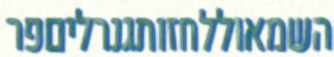
השמאוללחזותגנרליםפר